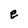
Character: e